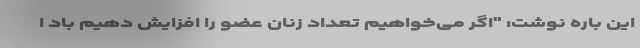
این باره نوشت: "اگر می‌خواهیم تعداد زنان عضو را افزایش دهیم باد ا